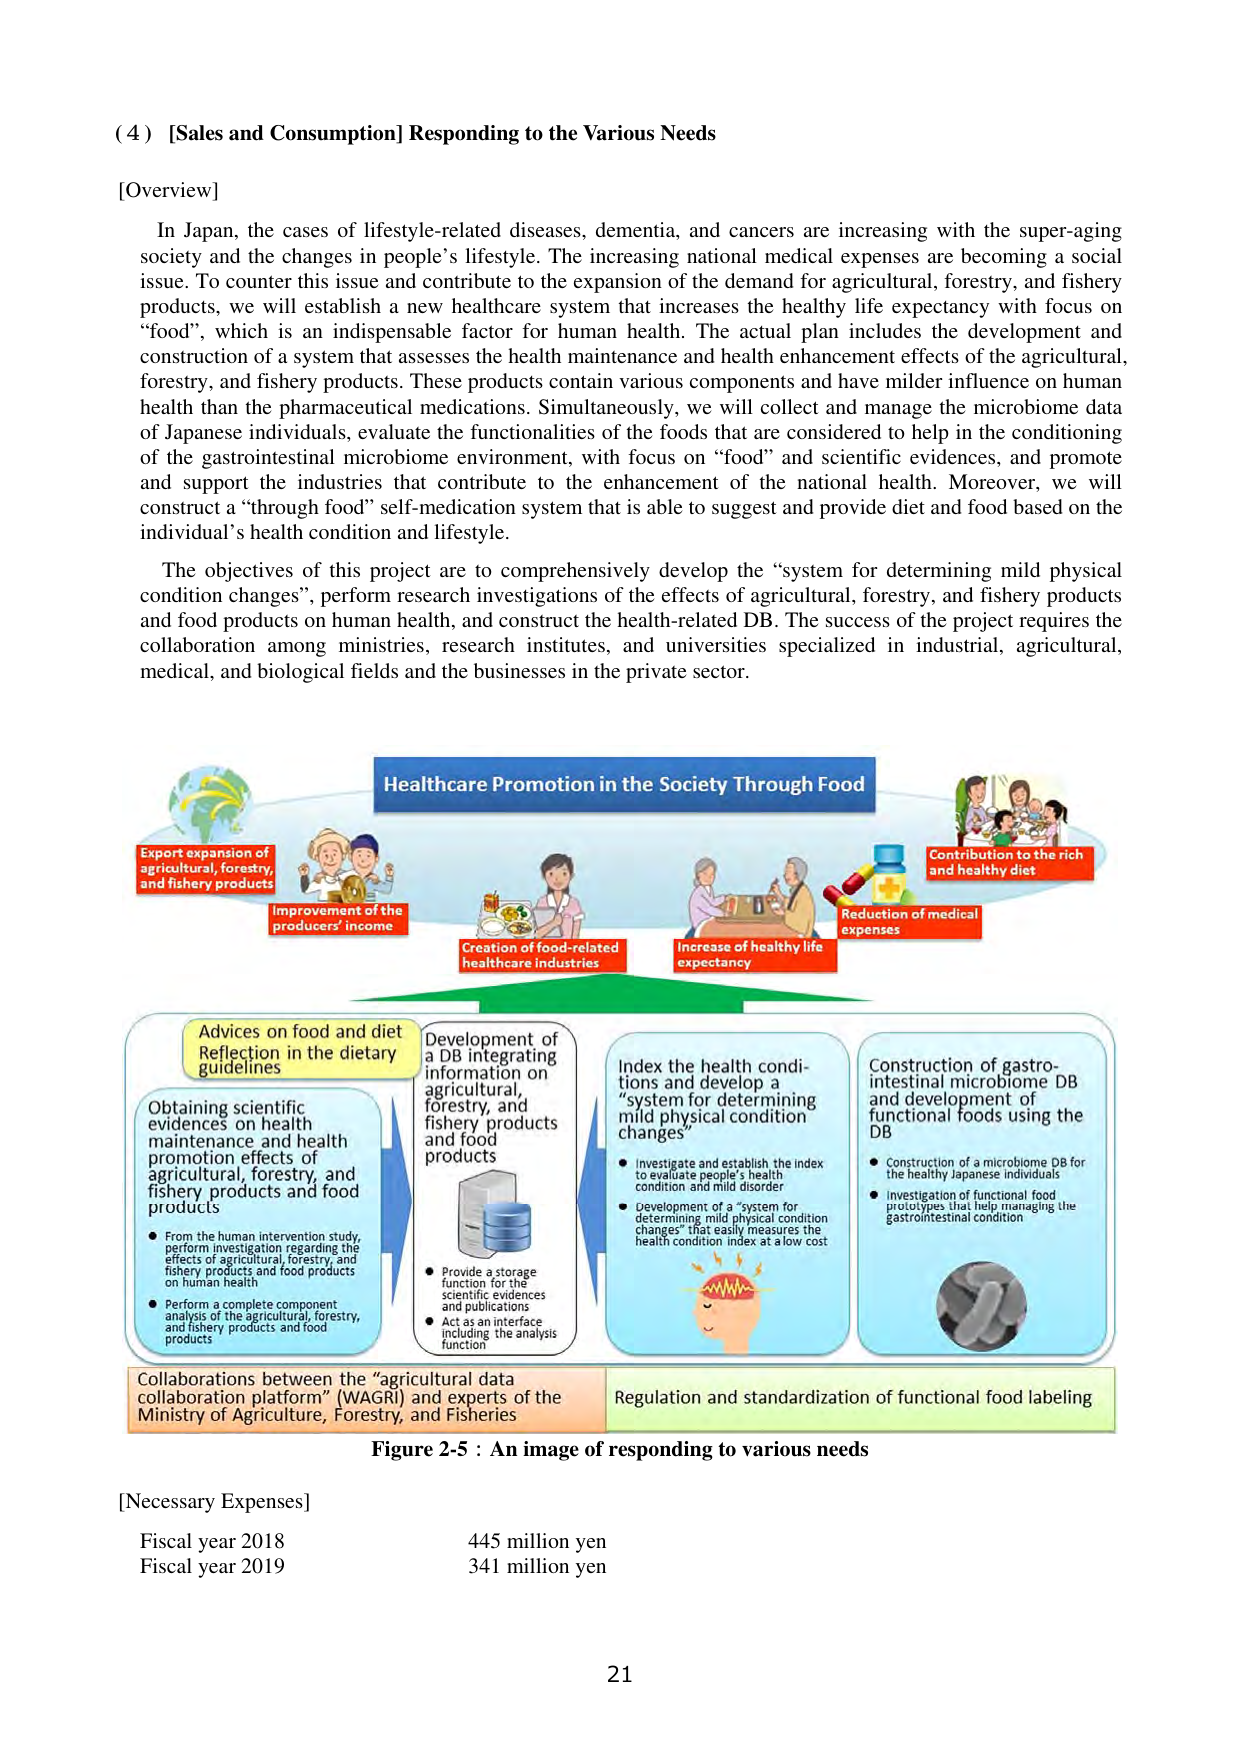
(4) [Sales and Consumption] Responding to the Various Needs

[Overview]

In Japan, the cases of lifestyle-related diseases, dementia, and cancers are increasing with the super-aging society and the changes in people’s lifestyle. The increasing national medical expenses are becoming a social issue. To counter this issue and contribute to the expansion of the demand for agricultural, forestry, and fishery products, we will establish a new healthcare system that increases the healthy life expectancy with focus on “food”, which is an indispensable factor for human health. The actual plan includes the development and construction of a system that assesses the health maintenance and health enhancement effects of the agricultural, forestry, and fishery products. These products contain various components and have milder influence on human health than the pharmaceutical medications. Simultaneously, we will collect and manage the microbiome data of Japanese individuals, evaluate the functionalities of the foods that are considered to help in the conditioning of the gastrointestinal microbiome environment, with focus on “food” and scientific evidences, and promote and support the industries that contribute to the enhancement of the national health. Moreover, we will construct a “through food” self-medication system that is able to suggest and provide diet and food based on the individual’s health condition and lifestyle.

The objectives of this project are to comprehensively develop the “system for determining mild physical condition changes”, perform research investigations of the effects of agricultural, forestry, and fishery products and food products on human health, and construct the health-related DB. The success of the project requires the collaboration among ministries, research institutes, and universities specialized in industrial, agricultural, medical, and biological fields and the businesses in the private sector.

Healthcare Promotion in the Society Through Food

Export expansion of agricultural, forestry, and fishery products

Improvement of the producers’ income

Creation of food-related healthcare industries

Increase of healthy life expectancy

Reduction of medical expenses

Contribution to the rich and healthy diet

Advices on food and diet Reflecting in the dietary guidelines

Obtaining scientific evidences on health maintenance and health promotion effects of agricultural, forestry, and fishery products and food products
• From the human intervention study, perform investigation regarding the effects of agricultural, forestry, and fishery products and food products on human health
• Perform a complete component analysis of the agricultural, forestry, and fishery products and food products

Development of a DB integrating information on agricultural, forestry, and fishery products and food products
• Provide a storage function for the scientific evidences and publications
• Act as an interface including the analysis function

Index the health conditions and develop a “system for determining mild physical condition changes”
• Investigate and establish the index to evaluate people’s health condition and mild disorder
• Development of a “system for determining mild physical condition changes” that easily measures the health condition index at a low cost

Construction of gastrointestinal microbiome DB and development of functional foods using the DB
• Construction of a microbiome DB for the healthy Japanese individuals
• Investigation of functional food prototypes that help managing the gastrointestinal condition

Collaborations between the “agricultural data collaboration platform” (WAGRI) and experts of the Ministry of Agriculture, Forestry, and Fisheries

Regulation and standardization of functional food labeling

Figure 2-5 : An image of responding to various needs

[Necessary Expenses]

Fiscal year 2018 445 million yen
Fiscal year 2019 341 million yen

21